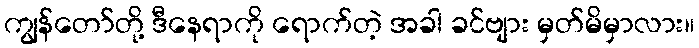
ကျွန်တော်တို့ ဒီနေရာကို ရောက်တဲ့ အခါ ခင်ဗျား မှတ်မိမှာလား။